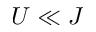
U \ll J